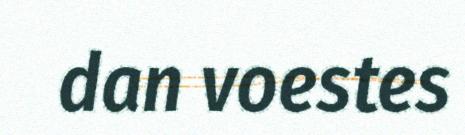
dan voestes